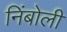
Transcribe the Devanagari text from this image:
निंबोली